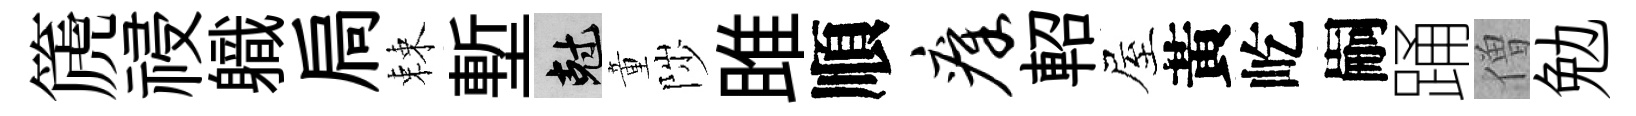
篪祲軄扃棘塹剋童陟雎順瘴軺屋黃屹嗣踊僧勉